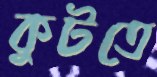
কুটতে